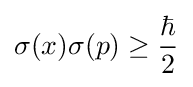
\sigma (x)\sigma (p)\geq {\frac {\hbar }{2}}\,\!